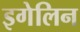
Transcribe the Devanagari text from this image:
इगेलिन